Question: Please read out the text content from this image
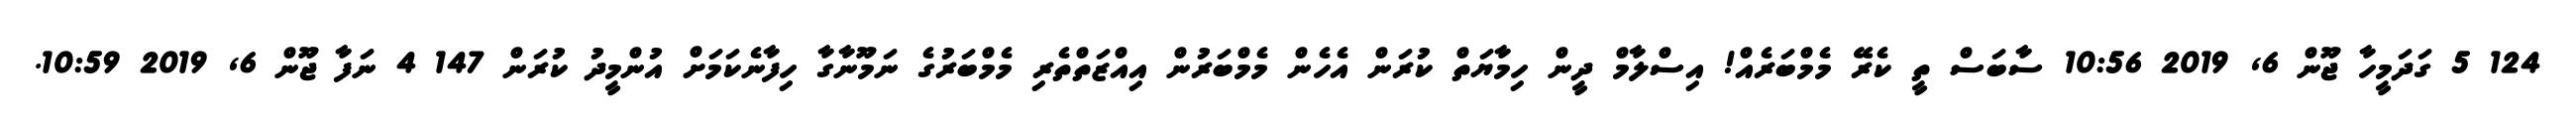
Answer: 124 5 ގަދަމީހާ ޖޫން 6, 2019 10:56 ސާބަސް ތީ ކެރޭ މެމްބަރެއް! އިސްލާމް ދީން ހިމާޔަތް ކުރަން އެހެން މެމްބަރުން އިއްޒަތްތެރި މެމްބަރުގެ ނަމޫނާގާ ހިފާނެކަމަށް އުންމީދު ކުރަން 147 4 ނަފާ ޖޫން 6, 2019 10:59.